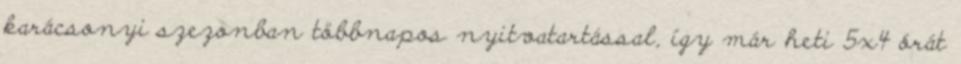
karácsonyi szezonban többnapos nyitvatartással, így már heti 5x4 órát